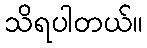
သိရပါတယ်။